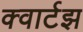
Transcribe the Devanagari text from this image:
क्वार्टझ